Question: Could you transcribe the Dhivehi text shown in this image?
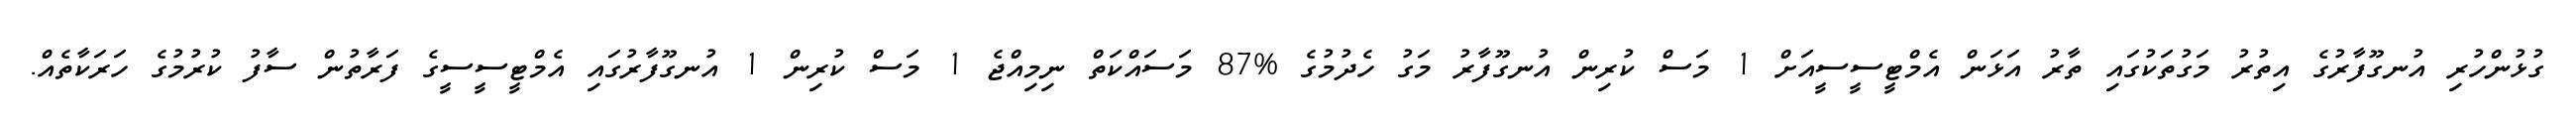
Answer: ގުޅުންހުރި އުނގޫފާރުގެ އިތުރު މަގުތަކުގައި ތާރު އަޅަން އެމްޓީސީސީއަށް 1 މަސް ކުރިން އުނގޫފާރު މަގު ހެދުމުގެ %87 މަސައްކަތް ނިމިއްޖެ 1 މަސް ކުރިން 1 އުނގޫފާރުގައި އެމްޓީސީސީގެ ފަރާތުން ސާފު ކުރުމުގެ ހަރަކާތެއް.